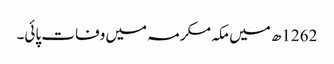
1262ھ میں مکہ مکرمہ میں وفات پائی۔